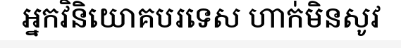
អ្នកវិនិយោគបរទេស ហាក់មិនសូវ